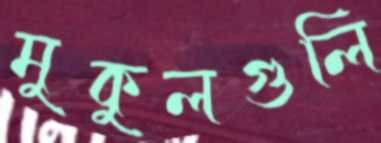
মুকুলগুলি